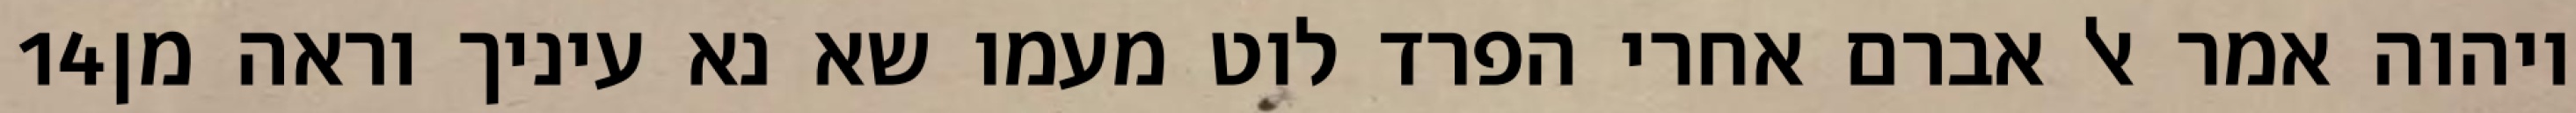
‎14‏ ויהוה אמר אל אברם אחרי הפרד לוט מעמו שא נא עיניך וראה מן